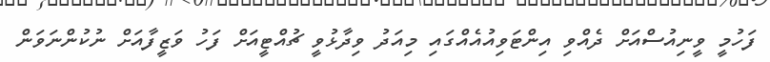
ފަހުމީ ވީނިއުސްއަށް ދެއްވި އިންޓަވިއުއެއްގައި މިއަދު ވިދާޅުވީ ޗުއްޓީއަށް ފަހު ވަޒީފާއަށް ނުކުންނަވަން